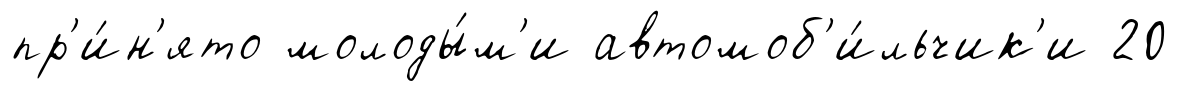
пр'и́н'ято молоды́м'и автомоб'и́льчик'и 20